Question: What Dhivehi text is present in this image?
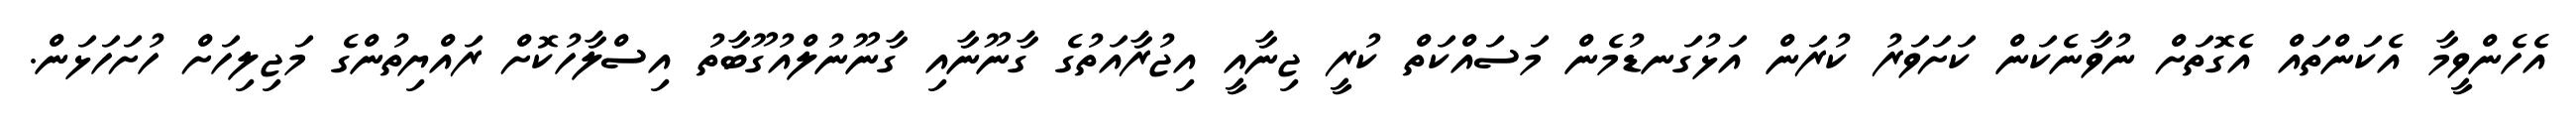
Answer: އެހެންވީމާ އެކަންތައް އެގޮތަށް ނުވާނެކަން ކަށަވަރު ކުރަން އަޅުގަނޑުމެން މަސައްކަތް ކުރީ ޖިނާއީ އިޖުރާއަތުގެ ގާނޫނާއި ގާނޫނުލްއުގޫބާތު އިސްލާހުކޮށް ރައްޔިތުންގެ މަޖިލިހަށް ހުށަހަޅަން.